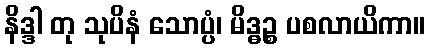
နိဒ္ဒါ တု သုပိနံ သောပ္ပံ၊ မိဒ္ဓဉ္စ ပစလာယိကာ။